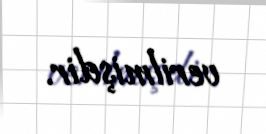
verilmişdir.